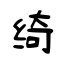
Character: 绮